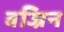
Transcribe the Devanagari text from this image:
वज्रिन